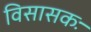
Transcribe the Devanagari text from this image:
विसासकः